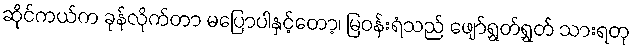
ဆိုင်ကယ်က ခုန်လိုက်တာ မပြောပါနှင့်တော့၊ မြဝန်းရံသည် ဖျော်ရွှတ်ရွှတ် သားရတု